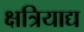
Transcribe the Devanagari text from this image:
क्षत्रियाद्य